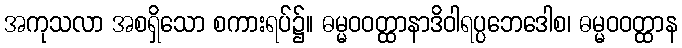
အကုသလာ အစရှိသော စကားရပ်၌။ ဓမ္မဝဝတ္ထာနာဒိဝါရပ္ပဘေဒေါစ၊ ဓမ္မဝဝတ္ထာန